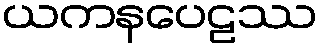
ယကနပေဠဿ